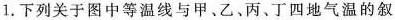
1.下列关于图中等温线与甲、乙、丙、丁四地气温的叙